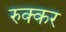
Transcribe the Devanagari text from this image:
रुक्कर